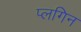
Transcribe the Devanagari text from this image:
प्लगिन